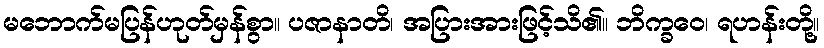
မဘောက်မပြန်ဟုတ်မှန်စွာ။ ပဇာနာတိ၊ အပြားအားဖြင့်သိ၏။ ဘိက္ခဝေ၊ ရဟန်းတို့။